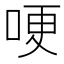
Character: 哽